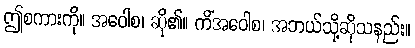
ဤစကားကို။ အဝေါစ၊ ဆို၏။ ကိံအဝေါစ၊ အဘယ်သို့ဆိုသနည်း။